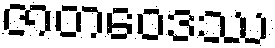
ဇာတဝေဒဿ